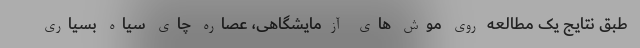
طبق نتایج یک مطالعه روی موش های آزمایشگاهی، عصاره چای سیاه بسیاری